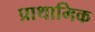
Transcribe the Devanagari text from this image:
प्राथामिक